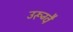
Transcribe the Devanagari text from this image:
उरूग्वै